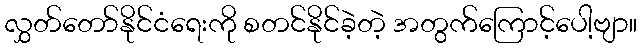
လွှတ်တော်နိုင်ငံရေးကို စတင်နိုင်ခဲ့တဲ့ အတွက်ကြောင့်ပေါ့ဗျာ။